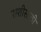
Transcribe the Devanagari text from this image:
माशीसाठी